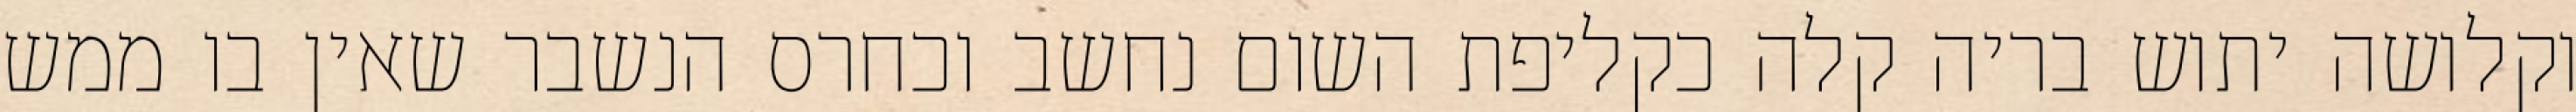
וקלושה יתוש בריה קלה כקליפת השום נחשב וכחרס הנשבר שאין בו ממש